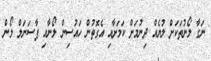
ނަގާ ލޯނުތަކަށް ލުޔެއް ދިނުމަށް ކަމަށާއި އެގޮތުން ހައުސިން ލޯނާއި ޕާސަނަލް ލޯން